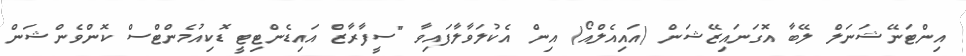
އިންޓަނޭޝަނަލް ލޭބާ އޮގަނައިޒޭޝަން (އައިއެލްއޯ) އިން އެކުލަވާލާފައިވާ "ސީފާރާޒް އައިޑެންޓިޓީ ޑޮކިއުމެންޓްސް ކޮންވެންޝަން